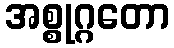
အစ္စုဂ္ဂတော